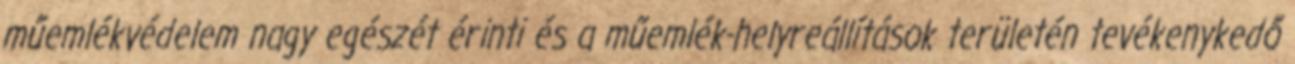
műemlékvédelem nagy egészét érinti és a műemlék-helyreállítások területén tevékenykedő